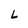
Character: L